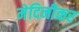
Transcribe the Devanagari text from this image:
मेदिनीकर